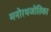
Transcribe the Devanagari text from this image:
मनोरथजोतिका